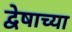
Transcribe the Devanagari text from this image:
द्वेषाच्या